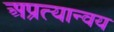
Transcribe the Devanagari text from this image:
अप्रत्यान्वय